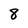
Character: 8